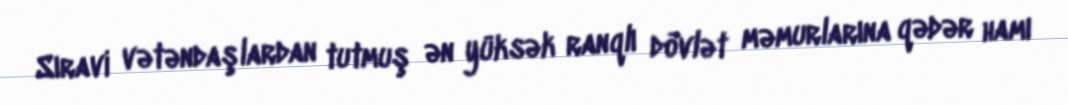
Sıravi vətəndaşlardan tutmuş ən yüksək ranqlı dövlət məmurlarına qədər hamı